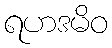
ရဟဒမိဝ